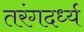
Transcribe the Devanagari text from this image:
तरंगदर्ध्य